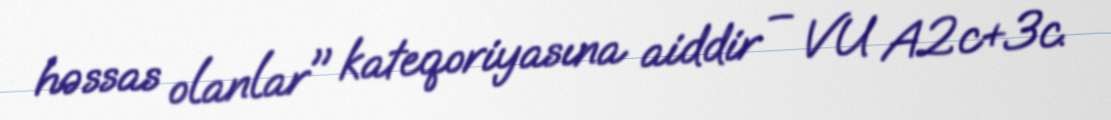
həssas olanlar" kateqoriyasına aiddir – VU A2c+3c.